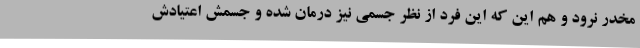
مخدر نرود و هم این که این فرد از نظر جسمی نیز درمان شده و جسمش اعتیادش